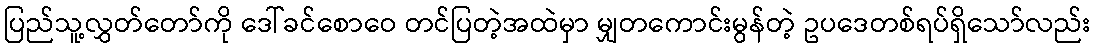
ပြည်သူ့လွှတ်တော်ကို ဒေါ်ခင်စောဝေ တင်ပြတဲ့အထဲမှာ မျှတကောင်းမွန်တဲ့ ဥပဒေတစ်ရပ်ရှိသော်လည်း